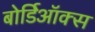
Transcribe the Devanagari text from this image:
बोर्डिऑक्स